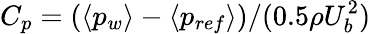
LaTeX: C_{p}=(\langle p_{w}\rangle-\langle p_{ref}\rangle)/(0.5\rho U_{b}^{2})